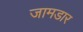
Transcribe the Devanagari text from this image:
जामडार